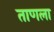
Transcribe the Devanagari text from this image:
ताणला